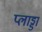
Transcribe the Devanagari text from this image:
प्लाड्डा